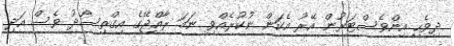
ދިވެހި އިންވެސްޓަރުން އޭރު އެކަން ނުކުރެއްވި ނަމަ ރާއްޖޭގެ އިގްތިސޯދު ވެސް އަދި